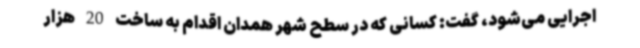
اجرایی می‌شود، گفت: کسانی که در سطح شهر همدان اقدام به ساخت 20 هزار